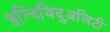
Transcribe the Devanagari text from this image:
इन्दिविदुअलिटी